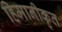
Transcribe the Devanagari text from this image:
हिमानीकृत